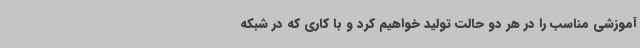
آموزشی مناسب را در هر دو حالت تولید خواهیم کرد و با کاری که در شبکه